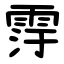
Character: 䨕